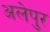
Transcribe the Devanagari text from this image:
अलेपुर